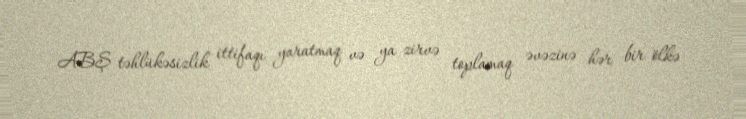
ABŞ təhlükəsizlik ittifaqı yaratmaq və ya zirvə toplamaq əvəzinə hər bir ölkə